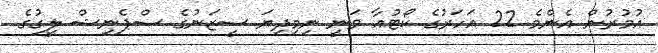
އުމުރުން އެންމެ 22 އަހަރުގެ ކޯޓުއާ ވަނީ ނިމިދިޔަ ސީޒަނުގެ ސްޕެނިޝް ލީގުގެ